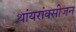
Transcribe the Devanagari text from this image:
थांयरांक्सीजन